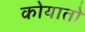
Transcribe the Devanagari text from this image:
कोयातो